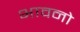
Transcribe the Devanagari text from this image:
भावनो